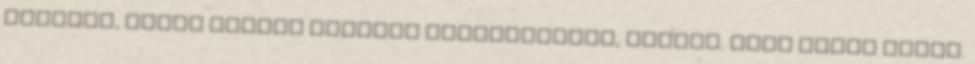
szánták, hanem inkább osztály kirándulásra, túrára. Vagy tököm tudja.